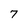
Character: 7